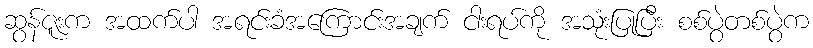
ဆွန်ဇူးက အထက်ပါ အရင်းခံအကြောင်းအချက် ငါးရပ်ကို အသုံးပြုပြီး စစ်ပွဲတစ်ပွဲက